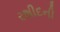
રશીદની